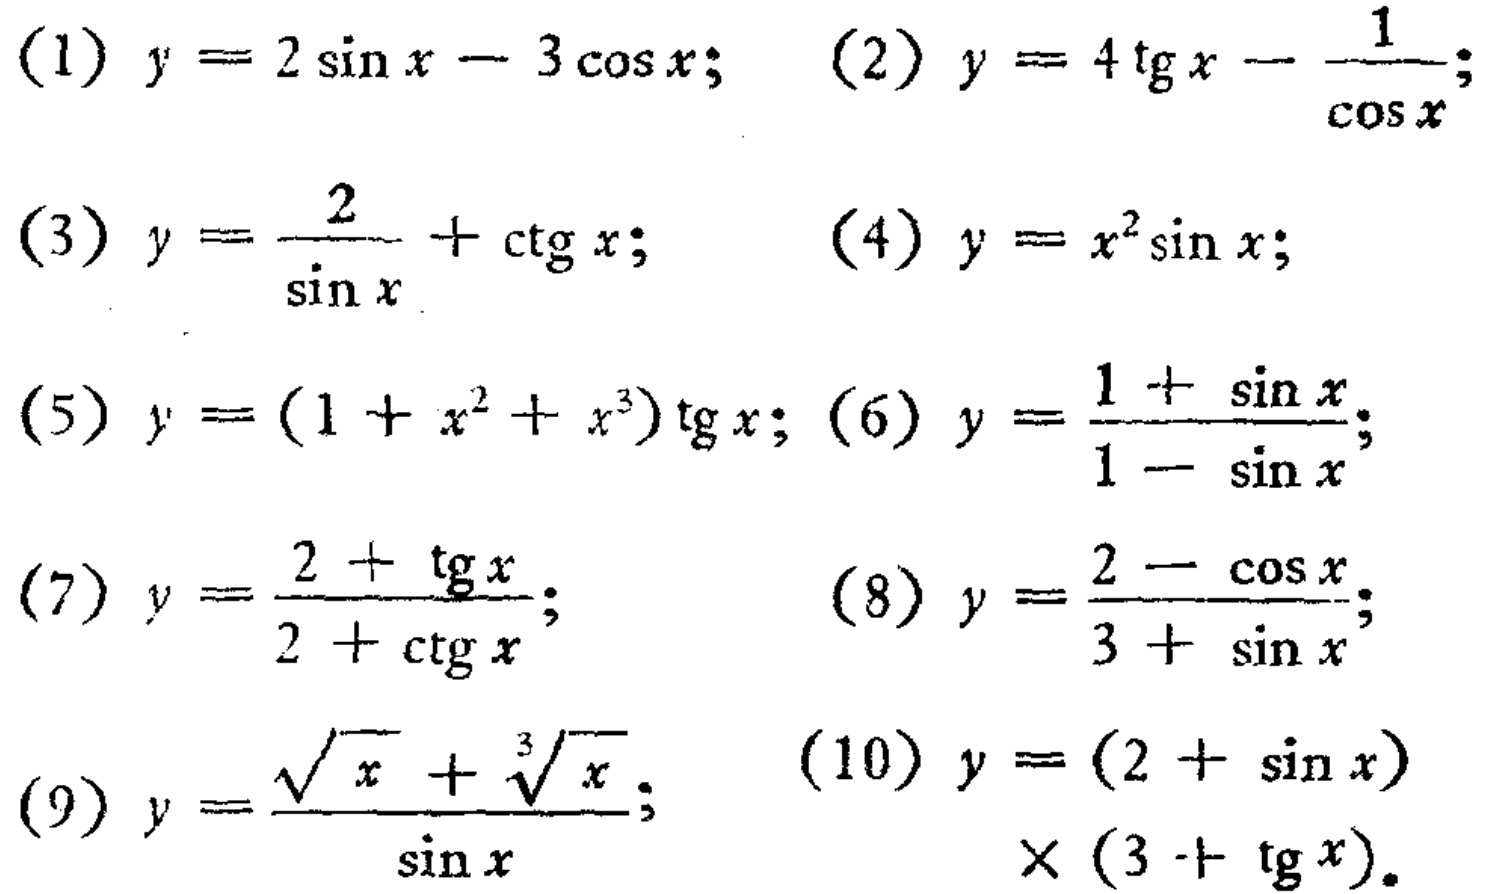
(1) \(y = 2\sin x - 3\cos x\); (2) \(y = 4\mathrm{tg}x-\frac{1}{\cos x}\);
(3) \(y=\frac{2}{\sin x}+\mathrm{ctg}x\); (4) \(y = x^{2}\sin x\);
(5) \(y=(1 + x^{2}+x^{3})\mathrm{tg}x\); (6) \(y=\frac{1 + \sin x}{1 - \sin x}\);
(7) \(y=\frac{2+\mathrm{tg}x}{2+\mathrm{ctg}x}\); (8) \(y=\frac{2-\cos x}{3+\sin x}\);
(9) \(y=\frac{\sqrt{x}+\sqrt[3]{x}}{\sin x}\); (10) \(y=(2 + \sin x)\times(3+\mathrm{tg}x)\)